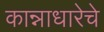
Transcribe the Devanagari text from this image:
कान्नाधारेचे